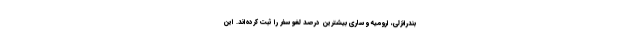
بندرانزلی، ارومیه و ساری بیشترین درصد لغو سفر را ثبت کرده‌اند. این